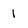
Character: 1